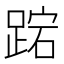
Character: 𮛬